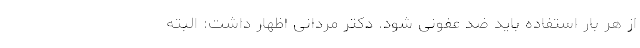
از هر بار استفاده باید ضد عفونی شود. دکتر مردانی اظهار داشت: البته